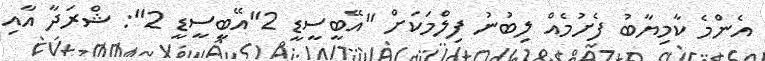
އެންމެ ކާމިޔާބުު ފެށުމެއް ލިބުނު ފިލްމަކަށް "އޭބީސީޑީ 2"އޭބީސީޑީ 2": ޝްރަދާ އާއި